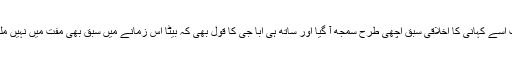
اب اسے کہانی کا اخلاقی سبق اچھی طرح سمجھ آ گیا اور ساتھ ہی ابا جی کا قول بھی کہ بیٹا اس زمانے میں سبق بھی مفت میں نہیں ملتا۔